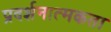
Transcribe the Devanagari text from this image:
प्रदर्शनात्मकता